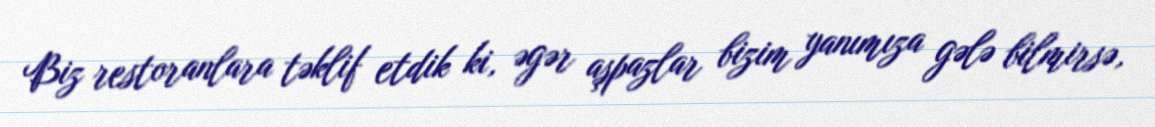
Biz restoranlara təklif etdik ki, əgər aşpazlar bizim yanımıza gələ bilmirsə,